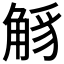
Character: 𧣭